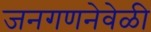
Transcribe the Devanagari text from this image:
जनगणनेवेळी